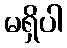
မရှိပါ